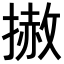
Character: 𢲳